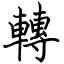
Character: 轉